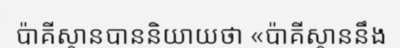
ប៉ាគីស្ថានបាននិយាយថា «ប៉ាគីស្ថាននឹង